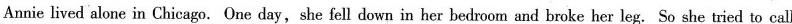
Annie lived alone in Chicago. One day, she fell down in her bedroom and broke her leg. So she tried to call